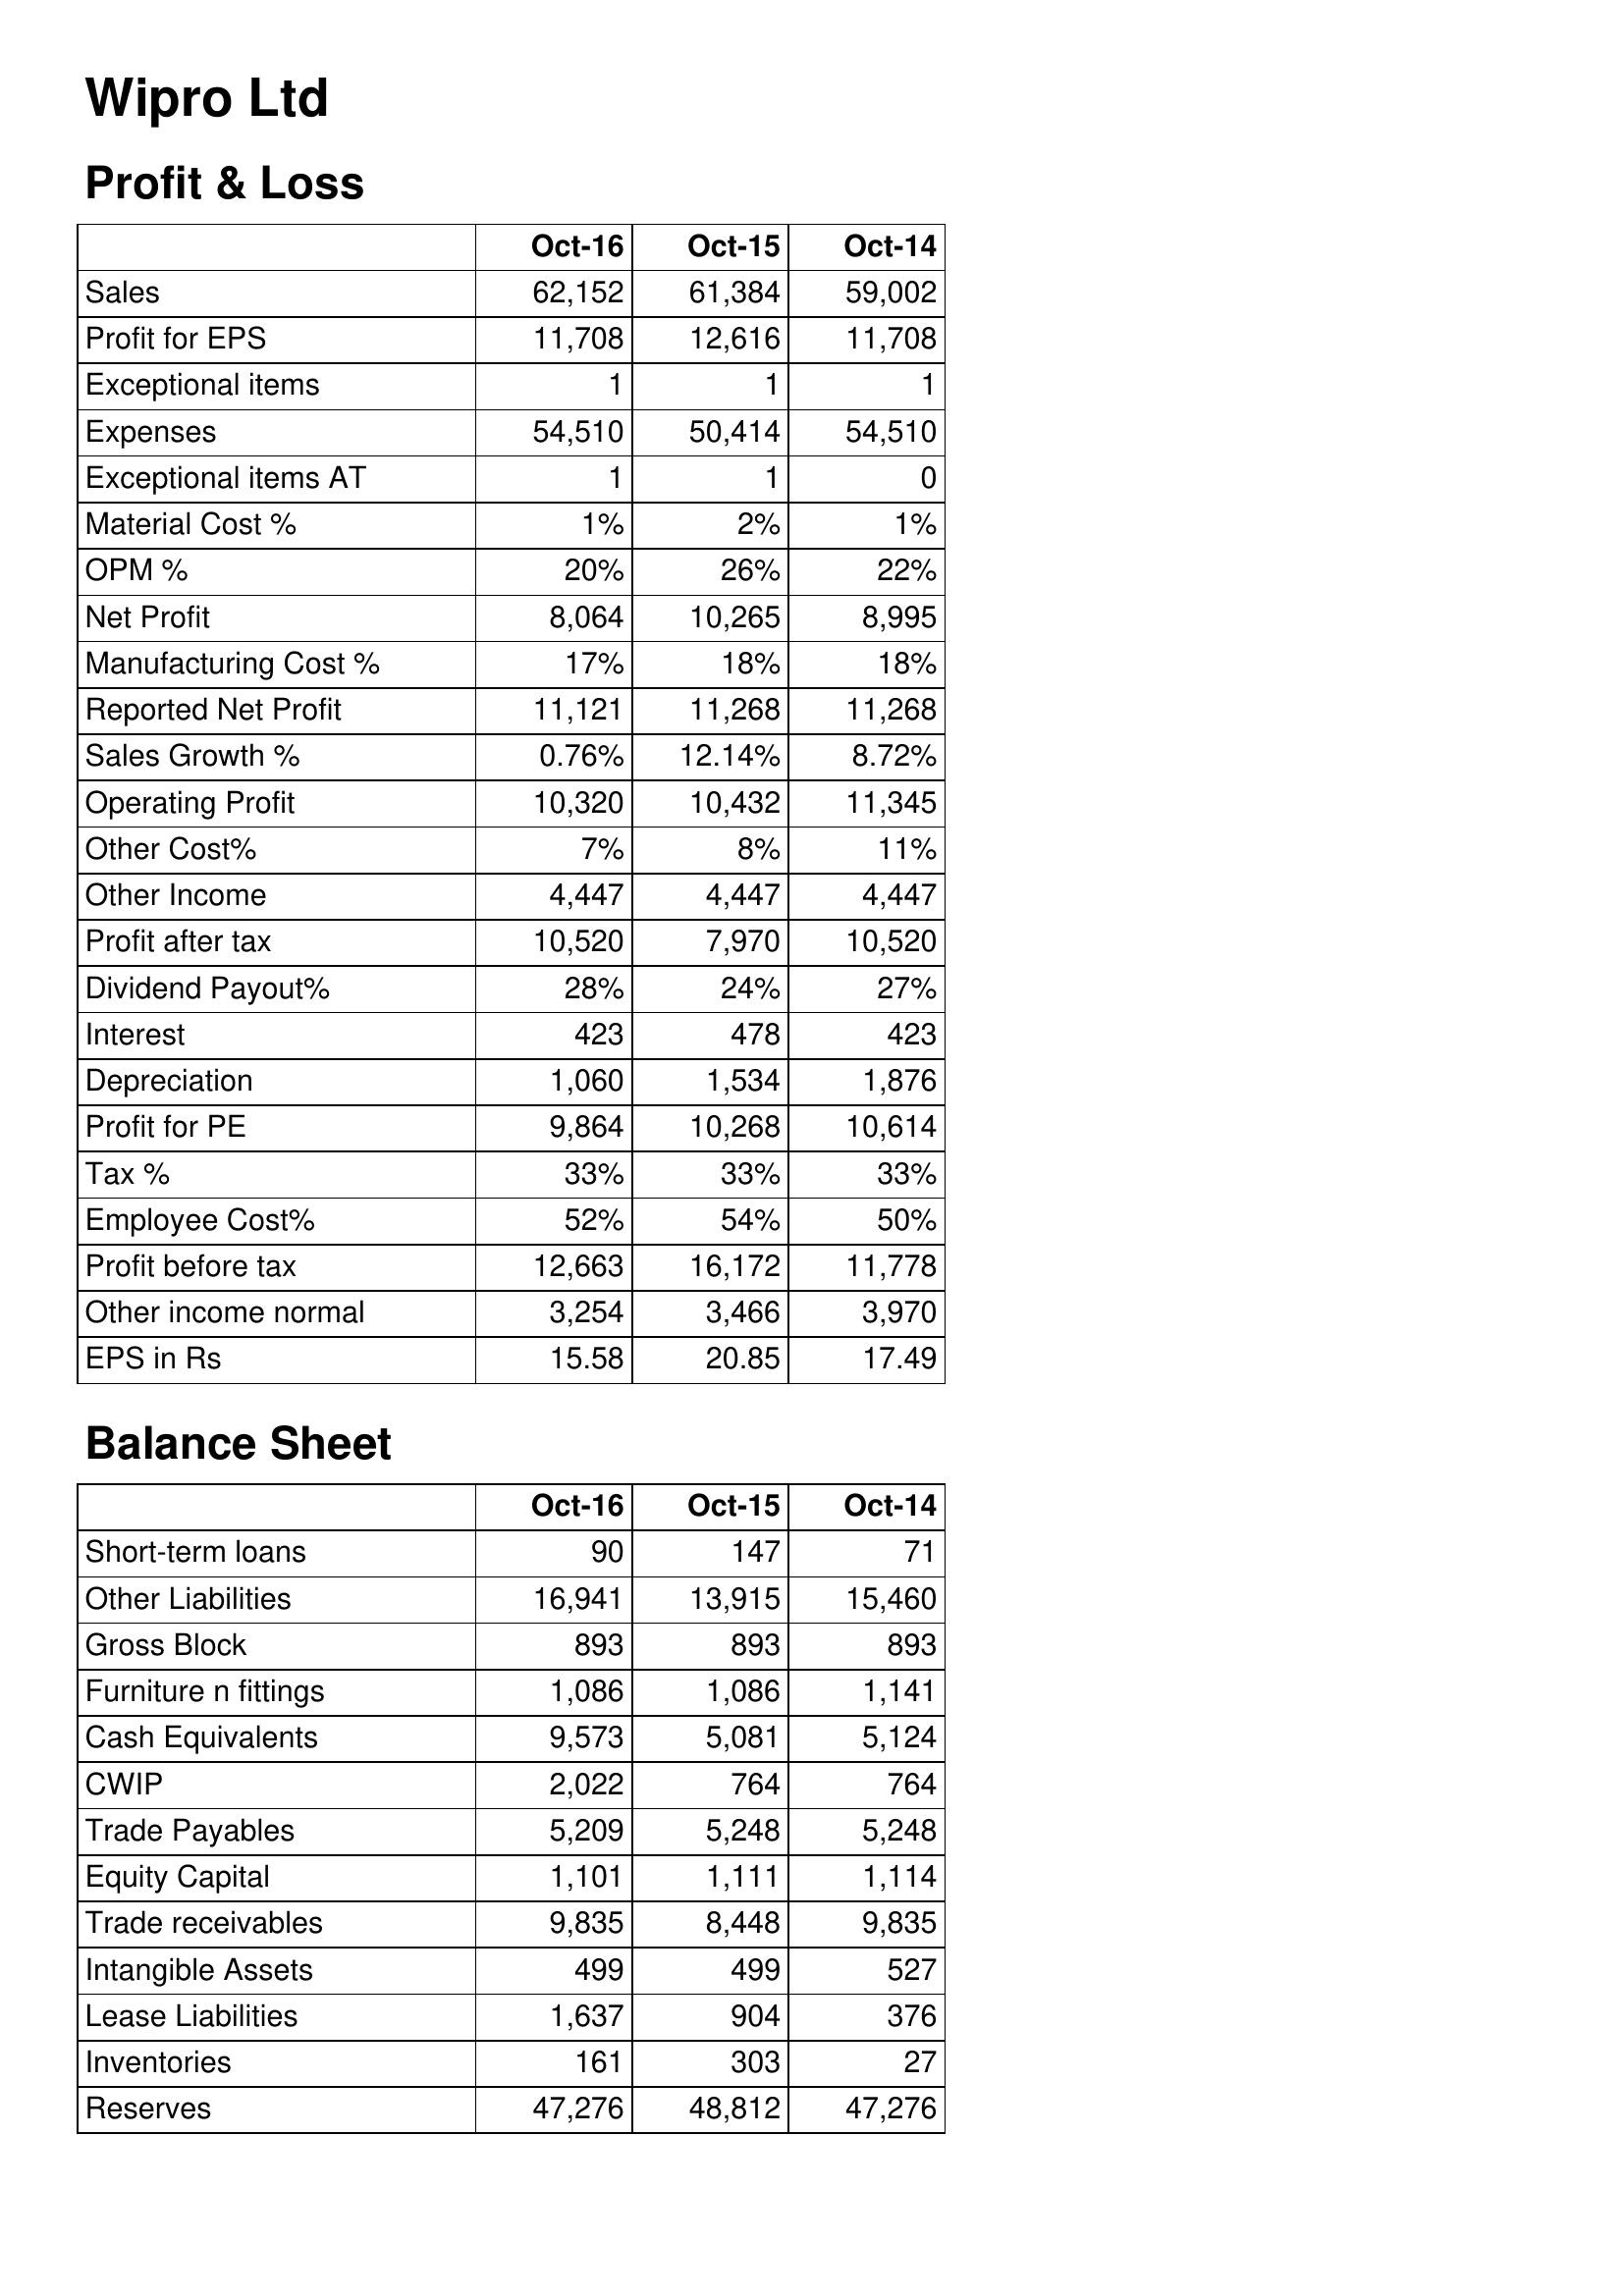
Oct-16: Profit & Loss: Sales: 62,152
Profit for EPS: 11,708
Exceptional items: 1
Expenses: 54,510
Exceptional items AT: 1
Material Cost %: 1%
OPM %: 20%
Net Profit: 8,064
Manufacturing Cost %: 17%
Reported Net Profit: 11,121
Sales Growth %: 0.76%
Operating Profit: 10,320
Other Cost%: 7%
Other Income: 4,447
Profit after tax: 10,520
Dividend Payout%: 28%
Interest: 423
Depreciation: 1,060
Profit for PE: 9,864
Tax %: 33%
Employee Cost%: 52%
Profit before tax: 12,663
Other income normal: 3,254
EPS in Rs: 15.58
Balance Sheet: Short-term loans: 90
Other Liabilities: 16,941
Gross Block: 893
Furniture n fittings: 1,086
Cash Equivalents: 9,573
CWIP: 2,022
Trade Payables: 5,209
Equity Capital: 1,101
Trade receivables: 9,835
Intangible Assets: 499
Lease Liabilities: 1,637
Inventories: 161
Reserves: 47,276
Oct-15: Profit & Loss: Sales: 61,384
Profit for EPS: 12,616
Exceptional items: 1
Expenses: 50,414
Exceptional items AT: 1
Material Cost %: 2%
OPM %: 26%
Net Profit: 10,265
Manufacturing Cost %: 18%
Reported Net Profit: 11,268
Sales Growth %: 12.14%
Operating Profit: 10,432
Other Cost%: 8%
Other Income: 4,447
Profit after tax: 7,970
Dividend Payout%: 24%
Interest: 478
Depreciation: 1,534
Profit for PE: 10,268
Tax %: 33%
Employee Cost%: 54%
Profit before tax: 16,172
Other income normal: 3,466
EPS in Rs: 20.85
Balance Sheet: Short-term loans: 147
Other Liabilities: 13,915
Gross Block: 893
Furniture n fittings: 1,086
Cash Equivalents: 5,081
CWIP: 764
Trade Payables: 5,248
Equity Capital: 1,111
Trade receivables: 8,448
Intangible Assets: 499
Lease Liabilities: 904
Inventories: 303
Reserves: 48,812
Oct-14: Profit & Loss: Sales: 59,002
Profit for EPS: 11,708
Exceptional items: 1
Expenses: 54,510
Exceptional items AT: 0
Material Cost %: 1%
OPM %: 22%
Net Profit: 8,995
Manufacturing Cost %: 18%
Reported Net Profit: 11,268
Sales Growth %: 8.72%
Operating Profit: 11,345
Other Cost%: 11%
Other Income: 4,447
Profit after tax: 10,520
Dividend Payout%: 27%
Interest: 423
Depreciation: 1,876
Profit for PE: 10,614
Tax %: 33%
Employee Cost%: 50%
Profit before tax: 11,778
Other income normal: 3,970
EPS in Rs: 17.49
Balance Sheet: Short-term loans: 71
Other Liabilities: 15,460
Gross Block: 893
Furniture n fittings: 1,141
Cash Equivalents: 5,124
CWIP: 764
Trade Payables: 5,248
Equity Capital: 1,114
Trade receivables: 9,835
Intangible Assets: 527
Lease Liabilities: 376
Inventories: 27
Reserves: 47,276